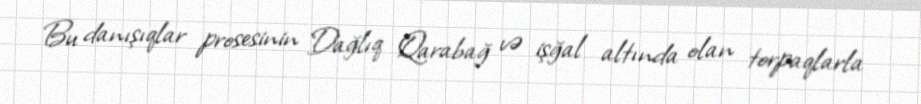
Bu danışıqlar prosesinin Dağlıq Qarabağ və işğal altında olan torpaqlarla